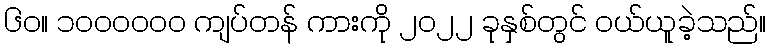
၆၀။ ၁၀၀၀၀၀၀ ကျပ်တန် ကားကို ၂၀၂၂ ခုနှစ်တွင် ဝယ်ယူခဲ့သည်။